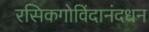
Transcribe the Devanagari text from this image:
रसिकगोविंदानंदधन